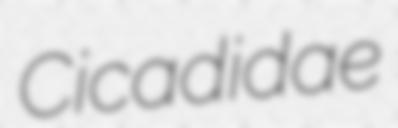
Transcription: Cicadidae